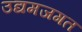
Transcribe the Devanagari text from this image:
उद्यमजगत